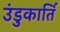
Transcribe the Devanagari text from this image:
उंडुकार्ति